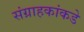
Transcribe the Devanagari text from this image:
संग्राहकांकडे